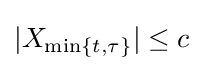
|X_{\min\{t,\tau \}}|\leq c